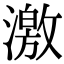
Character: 激